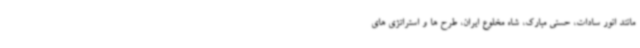
مانند انور سادات، حسنی مبارک، شاه مخلوع ایران، طرح ها و استراتژی های